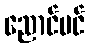
ညောင်ပင်